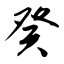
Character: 癸